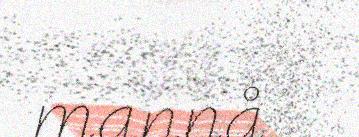
mannå